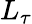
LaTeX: L_{\tau}